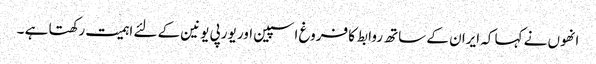
انھوں نے کہا کہ ایران کے ساتھ روابط کا فروغ اسپین اور یورپی یونین کے لئے اہمیت رکھتا ہے ۔